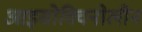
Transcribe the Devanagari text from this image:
आइसोक्विनोलीन